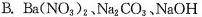
B.Ba(NO_{3})_{2}、Na_{2}CO_{3}、NaOH